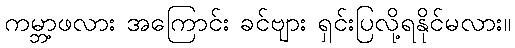
ကမ္ဘာ့ဖလား အကြောင်း ခင်ဗျား ရှင်းပြလို့ရနိုင်မလား။